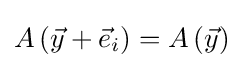
A\left({\vec {y}}+{\vec {e}}_{i}\right)=A\left({\vec {y}}\right)